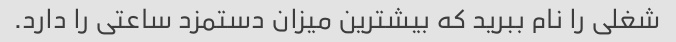
شغلی را نام ببرید که بیشترین میزان دستمزد ساعتی را دارد.